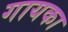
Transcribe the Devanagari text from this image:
गायका